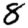
Digit: 8